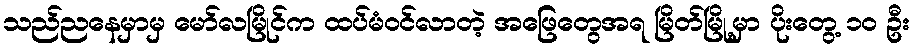
သည်ညနေမှာမှ မော်လမြိုင်က ထပ်မံဝင်လာတဲ့ အဖြေတွေအရ မြိတ်မြို့မှာ ပိုးတွေ့ ၁၀ ဦး